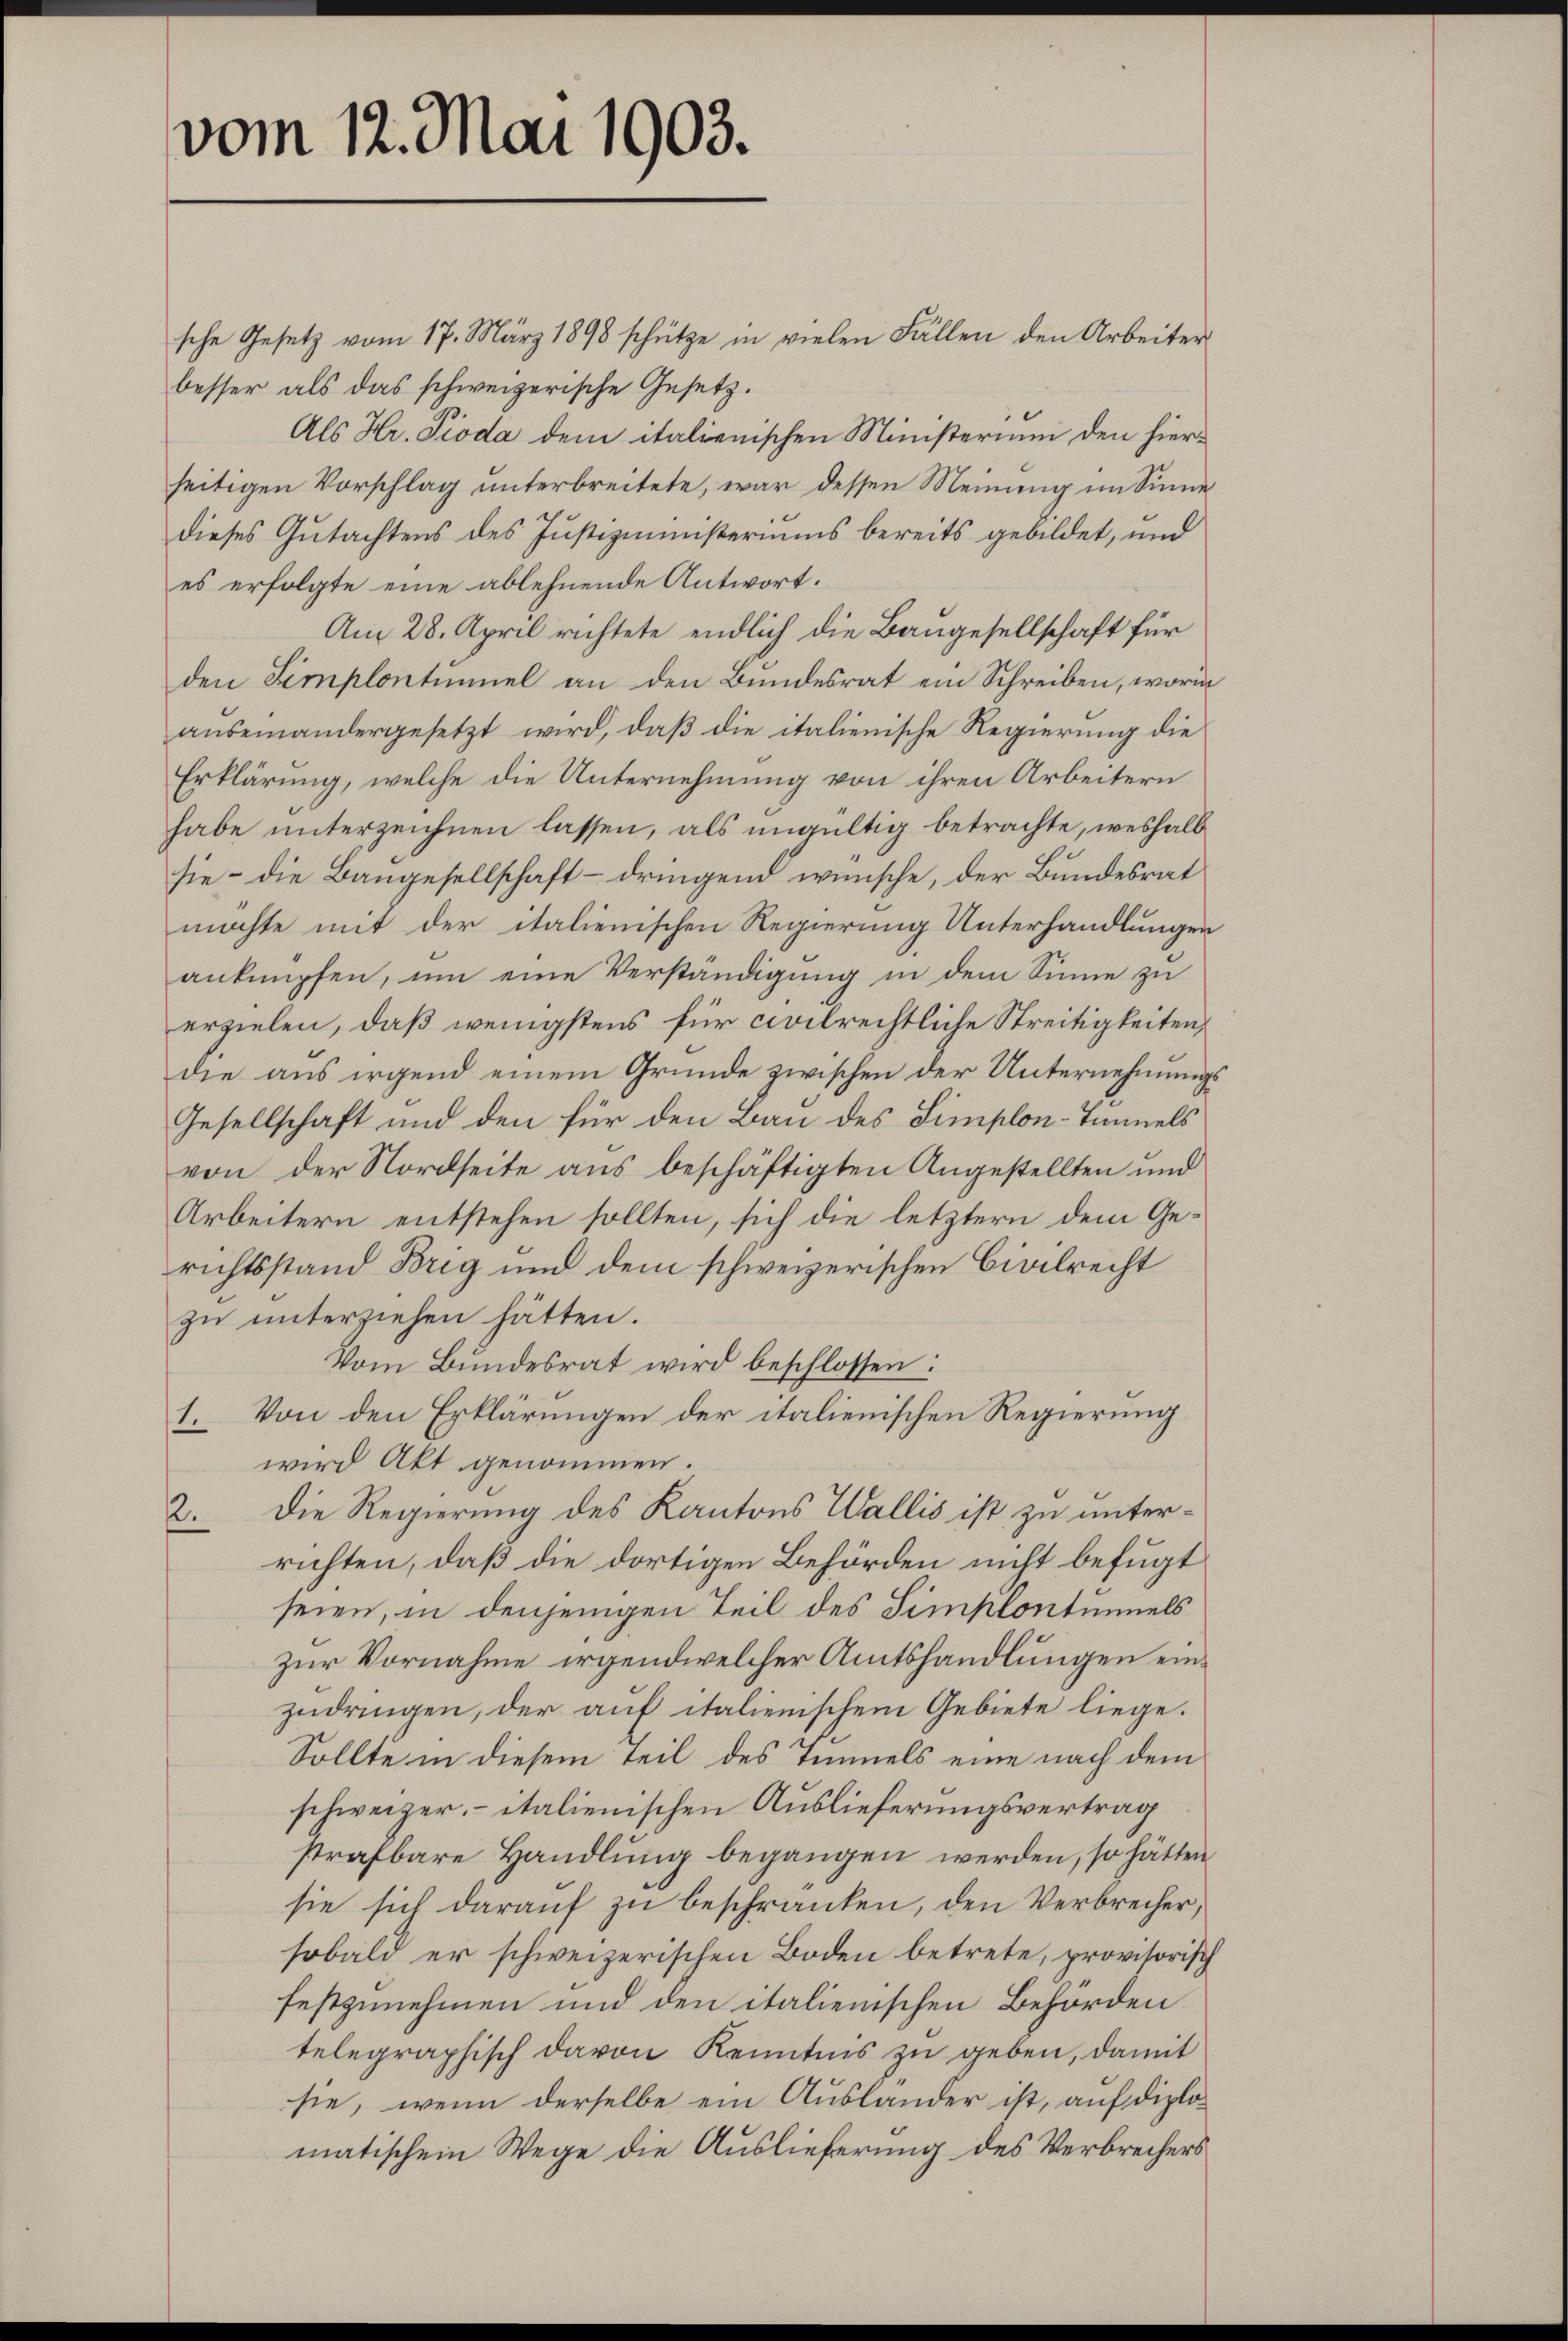
vom 12. Mai 1903.

sche Gesetz vom 17. März 1898 schütze in vielen Fällen den Arbeiter
besser als das schweizerische Gesetz.
Als Hr. Pioda dem italienischen Ministerium den hierseitigen Vorschlag unterbreitete, war dessen Meinung im Sinne
dieses Gutachtens des Justizministeriums bereits gebildet, und
es erfolgte eine ablehnende Antwort.
Am 28. April richtete endlich die Baugesellschaft für
den Simplontinuel an den Bundesrat ein Schreiben, worin
auseinandergesetzt wird, daß die italienische Regierung die
Erklärung, welche die Unternehmung von ihren Arbeitern
habe unterzeichnen lassen, als ungültig betrachte, weshalb
sie – die Baugesellschaft – dringend wünsche, der Bundesrat
möchte mit der italienischen Regierung Unterhandlungen
anknüpfen, um eine Verständigung in dem Sinne zu
erzielen, daß wenigstens für civilrechtliche Streitigkeiten,
die aus irgend einem Grunde zwischen der Unternehmungs¬
Gesellschaft und den für den Bau des Simplon-Tunnels
von der Nordseite aus beschäftigten Angestellten und
Arbeitern entstehen sollten, sich die letztern dem Gerichtsstand Brig und dem schweizerischen Civilrecht
zu unterziehen hätten.
Vom Bundesrat wird beschlossen:
Von den Erklärungen der italienischen Regierung
1.
wird Akt genommen.
Die Regierung des Kantons Wallis ist zu unter¬
2.
richten, daß die dortigen Behörden nicht befugt
seien, in denjenigen Teil des Simplontinuels
zur Vornahme irgendwelcher Amtshandlungen einzudringen, der auf italienischem Gebiete liege.
Sollte in diesem Teil des Timels eine nach dem
schweizer, italienischen Auslieferungsvertrag
strafbare Handlung begangen werden, so hätten
sie sich darauf zu beschränken, den Verbrecher,
sobald er schweizerischen Boden betrete, provisorisch
festzunehmen und den italienischen Behörden
telegraphisch davon Kenntnis zu geben, damit
sie, wenn derselbe ein Auslander ist, auf diplomatischem Wege die Auslieferung des Verbrechers